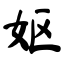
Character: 妪